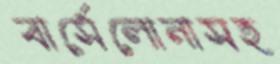
বার্সেলোনাসহ